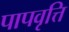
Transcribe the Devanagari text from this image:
पापवृत्ति